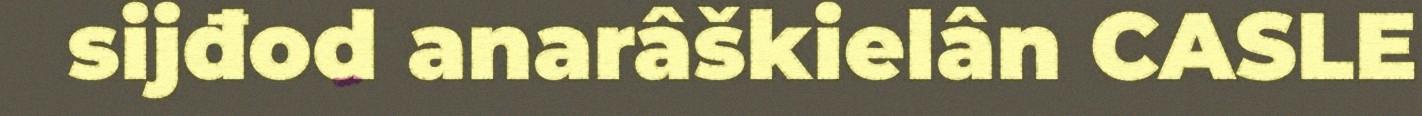
sijđod anarâškielân CASLE